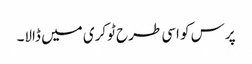
پرس کو اسی طرح ٹوکری میں ڈالا۔